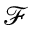
\mathcal { F }